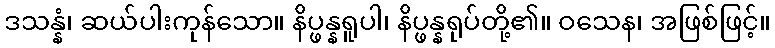
ဒသန္နံ၊ ဆယ်ပါးကုန်သော။ နိပ္ဖန္နရူပါ၊ နိပ္ဖန္နရုပ်တို့၏။ ဝသေန၊ အဖြစ်ဖြင့်။